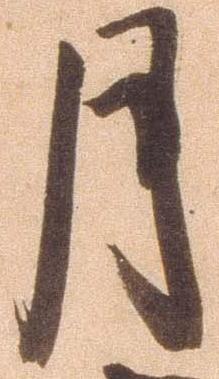
月